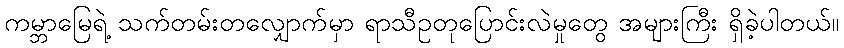
ကမ္ဘာမြေရဲ့ သက်တမ်းတလျှောက်မှာ ရာသီဥတုပြောင်းလဲမှုတွေ အများကြီး ရှိခဲ့ပါတယ်။